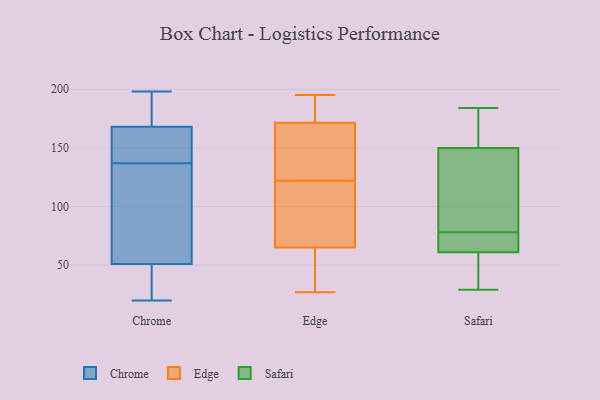
{"axis": {"x": "Humidity (%)", "y": "Value"}, "legend": ["Chrome", "Edge", "Safari"], "data": [{"x": "", "y": 183, "type": "Chrome"}, {"x": "", "y": 100, "type": "Chrome"}, {"x": "", "y": 60, "type": "Chrome"}, {"x": "", "y": 138, "type": "Chrome"}, {"x": "", "y": 136, "type": "Chrome"}, {"x": "", "y": 149, "type": "Chrome"}, {"x": "", "y": 20, "type": "Chrome"}, {"x": "", "y": 168, "type": "Chrome"}, {"x": "", "y": 198, "type": "Chrome"}, {"x": "", "y": 198, "type": "Chrome"}, {"x": "", "y": 29, "type": "Chrome"}, {"x": "", "y": 51, "type": "Chrome"}, {"x": "", "y": 160, "type": "Chrome"}, {"x": "", "y": 27, "type": "Chrome"}, {"x": "", "y": 122, "type": "Edge"}, {"x": "", "y": 155, "type": "Edge"}, {"x": "", "y": 193, "type": "Edge"}, {"x": "", "y": 65, "type": "Edge"}, {"x": "", "y": 195, "type": "Edge"}, {"x": "", "y": 72, "type": "Edge"}, {"x": "", "y": 27, "type": "Edge"}, {"x": "", "y": 65, "type": "Edge"}, {"x": "", "y": 185, "type": "Edge"}, {"x": "", "y": 139, "type": "Edge"}, {"x": "", "y": 103, "type": "Edge"}, {"x": "", "y": 56, "type": "Edge"}, {"x": "", "y": 27, "type": "Edge"}, {"x": "", "y": 174, "type": "Edge"}, {"x": "", "y": 59, "type": "Edge"}, {"x": "", "y": 190, "type": "Edge"}, {"x": "", "y": 86, "type": "Edge"}, {"x": "", "y": 164, "type": "Edge"}, {"x": "", "y": 156, "type": "Edge"}, {"x": "", "y": 78, "type": "Safari"}, {"x": "", "y": 61, "type": "Safari"}, {"x": "", "y": 182, "type": "Safari"}, {"x": "", "y": 103, "type": "Safari"}, {"x": "", "y": 159, "type": "Safari"}, {"x": "", "y": 29, "type": "Safari"}, {"x": "", "y": 61, "type": "Safari"}, {"x": "", "y": 184, "type": "Safari"}, {"x": "", "y": 55, "type": "Safari"}, {"x": "", "y": 123, "type": "Safari"}, {"x": "", "y": 71, "type": "Safari"}]}